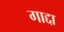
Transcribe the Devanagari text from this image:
गाद्दा